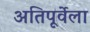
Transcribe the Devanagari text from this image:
अतिपूर्वेला